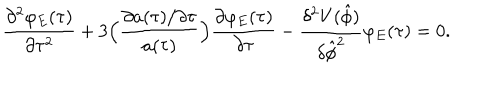
LaTeX: \frac { \partial ^ { 2 } \varphi _ { E } ( \tau ) } { \partial \tau ^ { 2 } } + 3 \Bigl ( \frac { \partial a ( \tau ) / \partial \tau } { a ( \tau ) } \Bigr ) \frac { \partial \varphi _ { E } ( \tau ) } { \partial \tau } - \frac { \delta ^ { 2 } V ( \hat { \phi } ) } { \delta \hat { \phi } ^ { 2 } } \varphi _ { E } ( \tau ) = 0 .